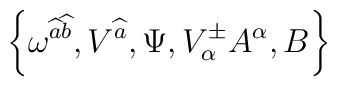
\left\{ \omega ^{\widehat{a}\widehat{b}},V^{\widehat{a}},\Psi ,V^{\pm }_{\alpha }A^{\alpha },B\right\}